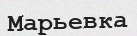
Марьевка